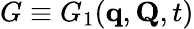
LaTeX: G\equiv G_{1}(\mathbf{q},\mathbf{Q},t)